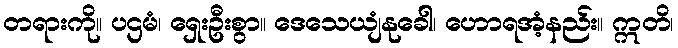
တရားကို။ ပဌမံ၊ ရှေးဦးစွာ။ ဒေသေယျံနုခေါ၊ ဟောရအံ့နည်း။ ဣတိ၊